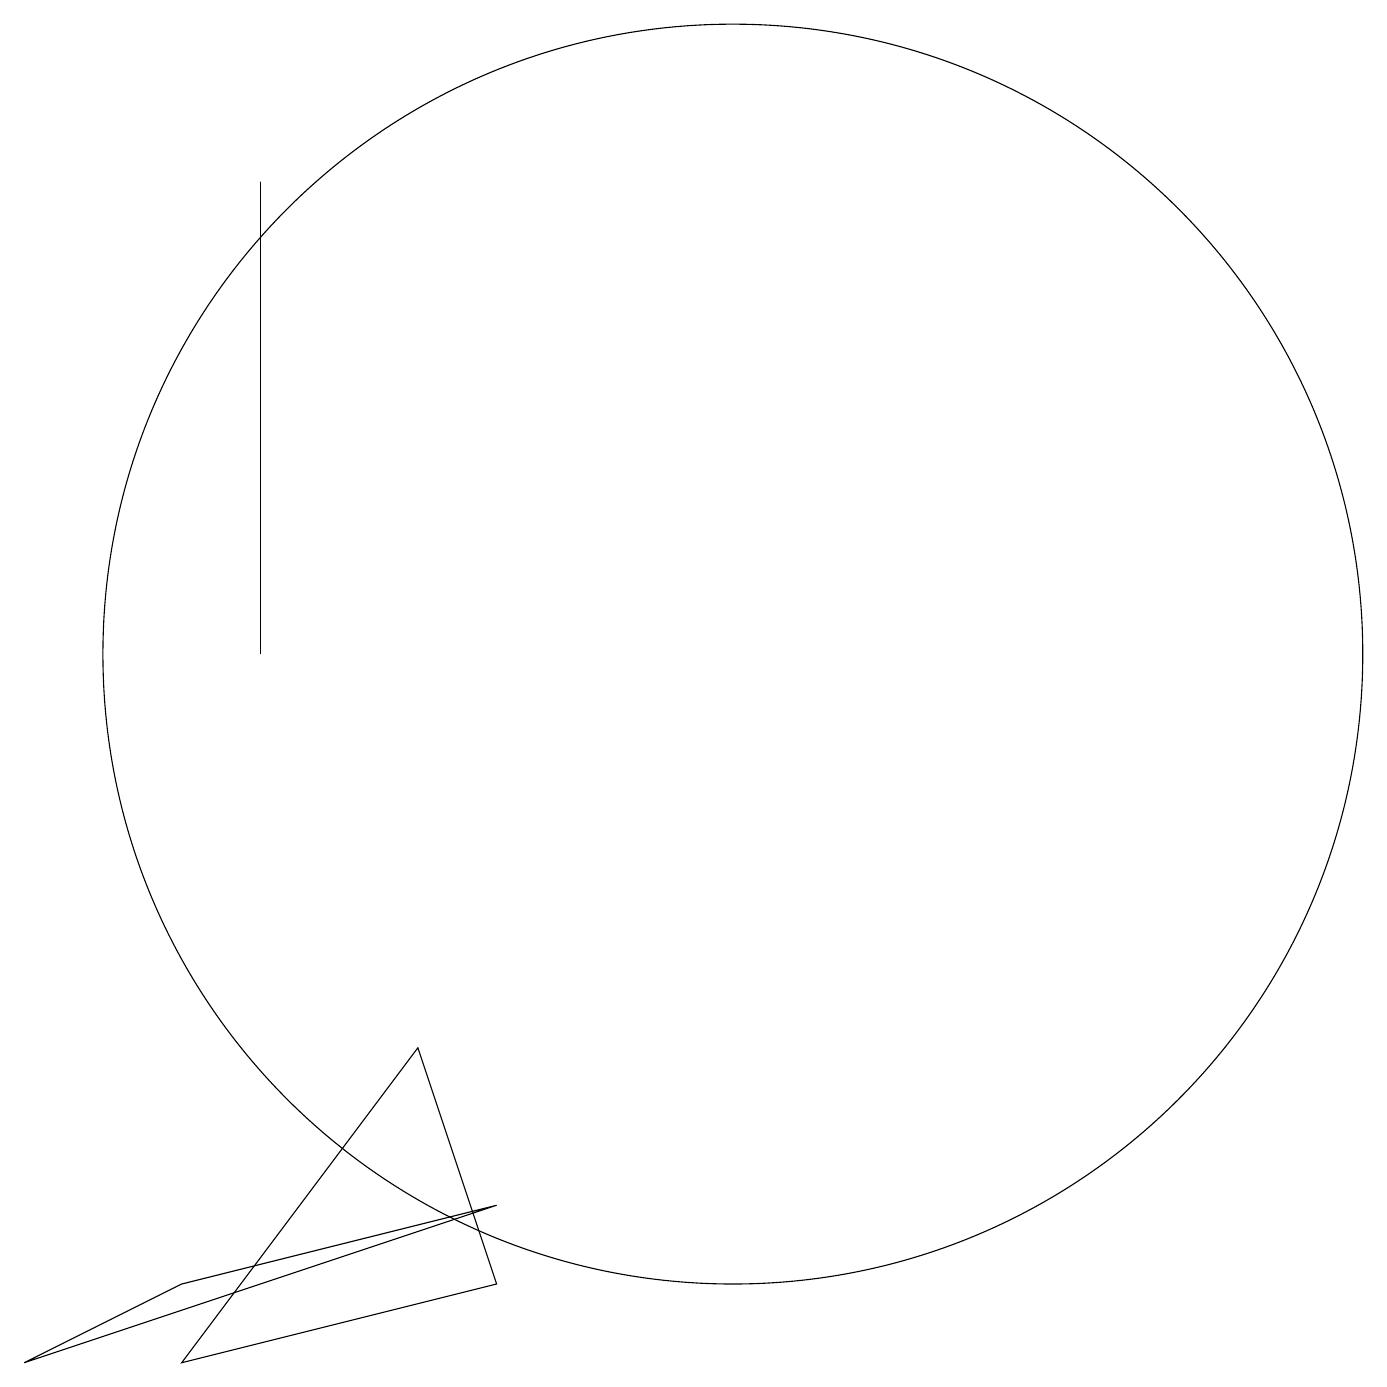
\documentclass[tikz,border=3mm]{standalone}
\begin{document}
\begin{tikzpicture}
\draw (8,3) -- (2,1) -- (4,2) -- cycle;
\draw (5,10) rectangle (5,16);
\draw (7,5) -- (8,2) -- (4,1) -- cycle;
\draw (11,10) circle (8);
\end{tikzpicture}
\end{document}